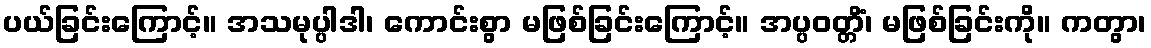
ပယ်ခြင်းကြောင့်။ အသမုပ္ပါဒါ၊ ကောင်းစွာ မဖြစ်ခြင်းကြောင့်။ အပ္ပဝတ္တိံ၊ မဖြစ်ခြင်းကို။ ကတွာ၊